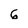
Character: 6